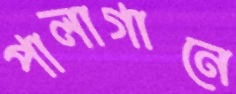
পালাগানে